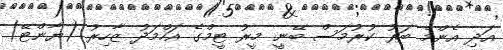
އަދި އެންމެ ބަރު ކުރުމަސް ބޭނީ މީރު ޓީމްގެ އަހްމަދު ޒާހިރު (ޔާންޓޭ)